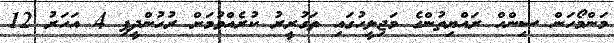
މަންމޯހަން ސިންހް ރައްޔިތުންގެ މަޖިލީހުގައި ތަގުރީރު ކުރެއްވުމަށް ރުހުންދީފި 4 އަހަރު 12